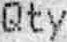
QTY